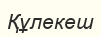
Құлекеш